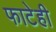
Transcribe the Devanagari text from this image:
फाटेही